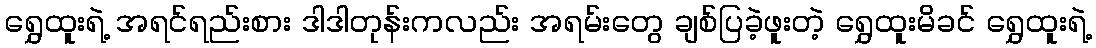
ရွှေထူးရဲ့ အရင်ရည်းစား ဒါဒါတုန်းကလည်း အရမ်းတွေ ချစ်ပြခဲ့ဖူးတဲ့ ရွှေထူးမိခင် ရွှေထူးရဲ့